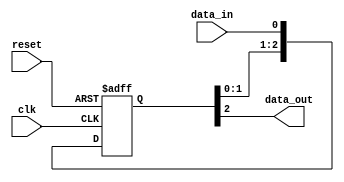
module three_flop_synchronizer (
    input wire clk,
    input wire reset,
    input wire data_in,
    output reg data_out
);

reg [2:0] sync_signal;

always @(posedge clk or posedge reset) begin
    if (reset) begin
        sync_signal <= 3'b0;
    end else begin
        sync_signal <= {sync_signal[1:0], data_in};
    end
end

assign data_out = sync_signal[2];

endmodule